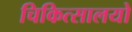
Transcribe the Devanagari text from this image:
चिकित्सालयो